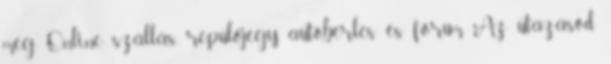
meg. Online szállás, repülőjegy, autóbérlés és fórum. Az utazásod